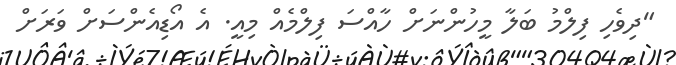
"ދިވެހި ފިލްމު ބަލާ މީހުންނަށް ހާއްސަ ފިލްމެއް މިއީ. އެ އޯޑިއެންސަށް ވަރަށް